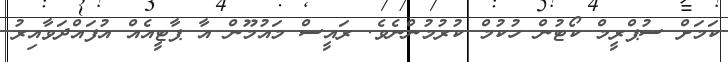
ކަމަށް ސުޕްރީމް ކޯޓުން ހުކުމް ކުރުމުންނެވެ. ރައީސް މައުމޫން އާ ޕާޓީއެއް އުފައްދަވާއިރު